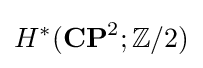
H^{\ast }(\mathbf {CP} ^{2};\mathbb {Z} /2)